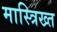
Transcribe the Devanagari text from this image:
मास्त्रिख्त